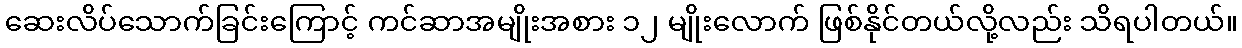
ဆေးလိပ်သောက်ခြင်းကြောင့် ကင်ဆာအမျိုးအစား ၁၂ မျိုးလောက် ဖြစ်နိုင်တယ်လို့လည်း သိရပါတယ်။